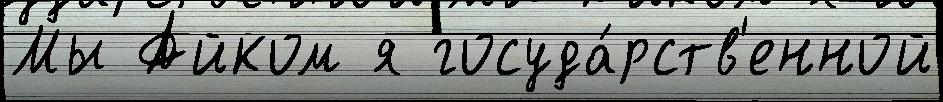
Мы Айком я госуда́рств'енной